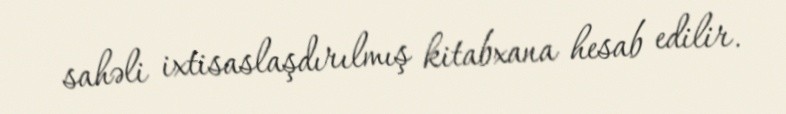
sahəli ixtisaslaşdırılmış kitabxana hesab edilir.